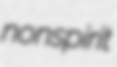
nonspirit